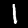
Label: 1